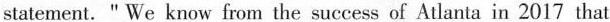
statement. " We know from the success of Atlanta in 2017 that